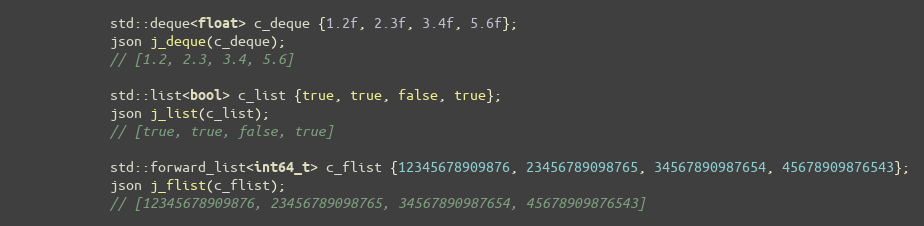
Language: C++
            std::deque<float> c_deque {1.2f, 2.3f, 3.4f, 5.6f};
            json j_deque(c_deque);
            // [1.2, 2.3, 3.4, 5.6]

            std::list<bool> c_list {true, true, false, true};
            json j_list(c_list);
            // [true, true, false, true]

            std::forward_list<int64_t> c_flist {12345678909876, 23456789098765, 34567890987654, 45678909876543};
            json j_flist(c_flist);
            // [12345678909876, 23456789098765, 34567890987654, 45678909876543]